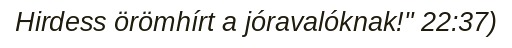
Hirdess örömhírt a jóravalóknak!" 22:37)